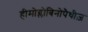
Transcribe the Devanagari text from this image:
हीमोग्लोबिनोपैथीज़